Report of the King Institute of Preventive Medicine, Guindy
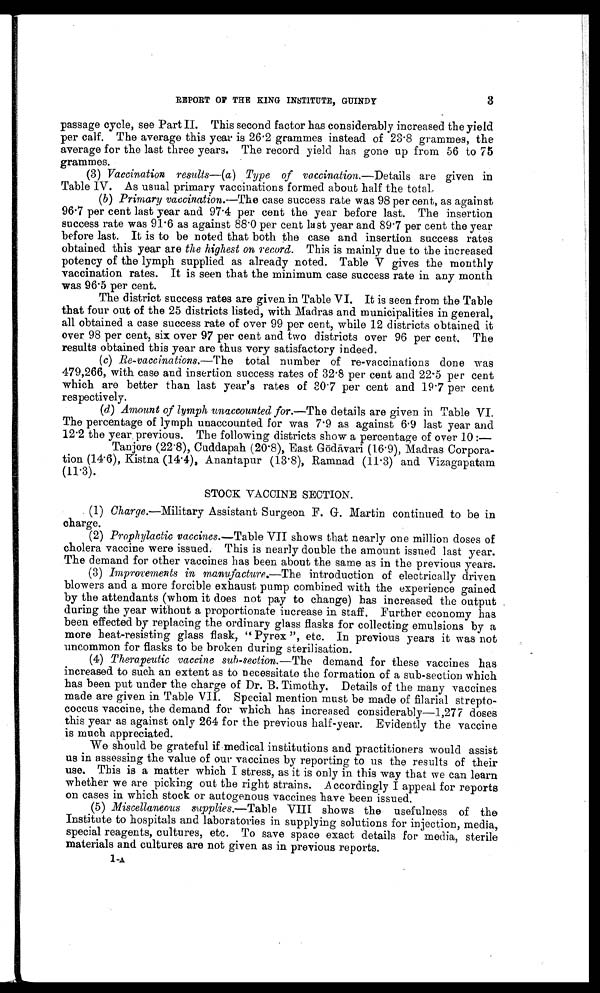
3
REPORT OF THE KING INSTITUTE, GUINDY
passage cycle, see Part II. This second factor has considerably increased the yield
per calf. The average this year is 26.2 grammes instead of 23.8 grammes, the
average for the last three years. The record yield has gone up from 56 to 75
grammes.
(3) Vaccination results— ( a ) Type of vaccination .—Details are given in
Table IV. As usual Primary vaccinations formed about half the total.
(b)
Primary vaccination .—The case success rate was 98 per cent, as against
96.7 per cent last year and 97.4 per cent the year before last. The insertion
success rate was 91.6 as against 88.0 per cent last year and 89.7 per cent the year
before last. It is to be noted that both the case and insertion success rates
obtained this year are the highest on record. This is mainly due to the increased
potency of the lymph supplied as already noted. Table V gives the monthly
vaccination rates. It is seen that the minimum case success rate in any month
was 96.5 per cent.
The district success rates are given in Table VI. It is seen from the Table
that four out of the 25 districts listed, with Madras and municipalities in general,
all obtained a case success rate of over 99 per cent, while 12 districts obtained it
over 98 per cent, six over 97 per cent and two districts over 96 per cent. The
results obtained this year are thus very satisfactory indeed.
(c)
Re-vaccinations .—The
total number of re-vaccinations done was
479,266, with case and insertion success rates of 32.8 per cent and 22.5 per cent
which are better than last year's rates of 30.7 per cent and 19.7 per cent
respectively.
(d)
Amount of lymph unaccounted for .—The details are given in Table VI.
The percentage of lymph unaccounted for was 7.9 as against 6.9 last year and
12.2 the year previous. The following districts show a percentage of over 10 :—
Tanjore (22.8), Cuddapah (20.8), East G ō dā vari (16.9), Madras Corpora
-tion (14.6), Kistna (14.4), Anantapur (13.8), Ramnad (11.3) and Vizagapatam
(11.3).
STOCK VACCINE SECTION.
( 1 )
C h a r g e
. — M i l i t a r y A s s i s t a n t S u r g e o n F . G . M a r t i n c o n t i n u e d t o b e i n
charge.
( 2 )
P r o p h y l a c t i c v a c c i n e s
. — T a b l e V I I s h o w s t h a t n e a r l y o n e m i l l i o n d o s e s o f
cholera vaccine were issued. This is nearly double the amount issued last year.
The demand for other vaccines has been about the same as in the previous years.
( 3 )
I m p r o v e m e n t s i n m a n u f a c t u r e
. — T h e
i n t r o d u c t i o n o f e l e c t r i c a l l y d r i v e n
blowers and a more forcible exhaust pump combined with the experience gained
by the attendants (whom it does not pay to change) has increased the output
during the year without a proportionate increase in staff. Further economy has
been effected by replacing the ordinary glass flasks for collecting emulsions by a
more heat-resisting glass flask, "Pyrex", etc. In previous years it was not
uncommon for flasks to be broken during sterilisation.
( 4 )
T h e r a p e u t i c v a c c i n e s u b - s e c t i o n
. — T h e
d e m a n d f o r t h e s e v a c c i n e s h a s
increased to such an extent as to necessitate the formation of a sub-section which
has been put under the charge of Dr. B.Timothy. Details of the many vaccines
made are given in Table VII. Special mention must be made of filarial strept
o - c o c c u s v a c c i n e , t h e d e m a n d f o r w h i c h h a s i n c r e a s e d c o n s i d e r a b l y — 1 , 2 7 7 d o s e s
this year as against only 264 for the previous half-year. Evidently the vaccine
is much appreciated.
We should be grateful if medical institutions and practitioners would assist
us in assessing the value of our vaccines by reporting to us the results of their
use. This is a matter which I stress, as it is only in this way that we can learn
whether we are picking out the right strains. Accordingly I appeal for reports
on cases in which stock or autogenous vaccines have been issued
.
(5)
Miscellaneous supplies .—Table VIII shows the usefulness of the
Institute to hospitals and laboratories in supplying solutions for injection, media,
special reagents, cultures, etc. To save space exact details for media, sterile
materials and cultures are not given as in previous reports.
1-A